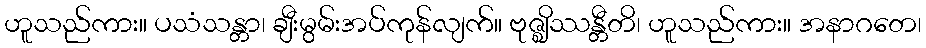
ဟူသည်ကား။ ပသံသန္တာ၊ ချီးမွမ်းအပ်ကုန်လျက်။ ဗုဇ္ဈိဿန္တီတိ၊ ဟူသည်ကား။ အနာဂတေ၊